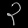
Digit: ၃